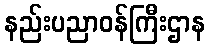
နည်းပညာဝန်ကြီးဌာန